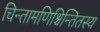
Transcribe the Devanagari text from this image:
चिन्तामणिश्चिन्तितस्य